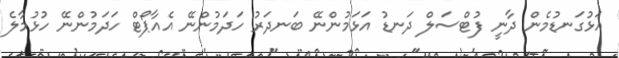
އަޅުގަނޑުމެން ދާނީ ފުޓްސަލް ދަނޑު އަޅަމުންނޭ ބަނދަރު ހަދަމުންނޭ އެއާޕޯޓް ހަދަމުންނޭ ހުޅުމާލެ